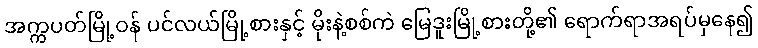
အက္ကပတ်မြို့ဝန် ပင်လယ်မြို့စားနှင့် မိုးနဲ့စစ်ကဲ မြေဒူးမြို့စားတို့၏ ရောက်ရာအရပ်မှနေ၍